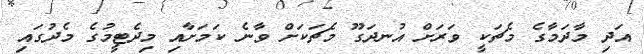
އަދި މާދަމާގެ މެޗަކީ ވަރަށް އުނދަގޫ މެޗަކަށް ވާނެ ކަމަށާއި މިދެޓީމުގެ މެދުގައި